Report on vaccination in Madras 1877-1894 - 1877-1894
Year: 1877
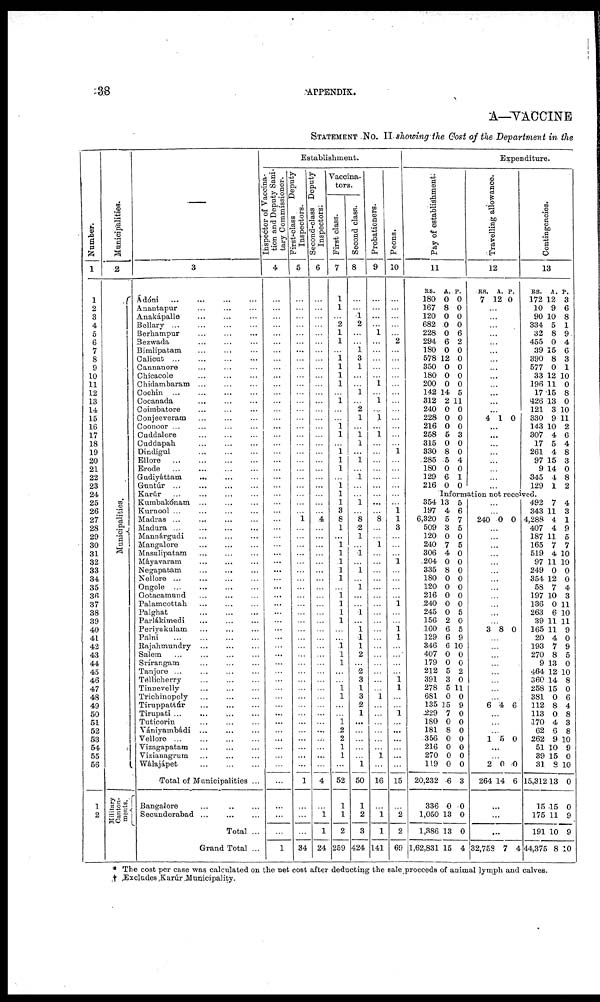
38
APPENDIX.
A—VACCINE
STATEMENT NO. II showing the Cost of the Department in the
Number.
1
1
2
3
4
5
6
7
8
9
10
11
12
13
14
15
16
17
18
19
20
21
22
23
24
25
26
27
28
29
30
31
32
33
34
35
36
37
38
39
40
41
42
43
44
45
46
47
48
49
50
51
52
53
54
55
56
1
2
Municipalities.
2
Municipalities.
Military
Canton-
ments.
—
3
Ádóni
...
... ... ...
Anantapur
...
...
...
Anakápalle ... ... ...
Belary
...
...
...
Berhampur ... ... ...
Bezwada ... ... ...
Bimlipatam ... ... ...
Calicut ... ... ... ...
Cannanore ... ... ...
Chicacole
...
...
...
Chidambaram
...
...
...
Cochin
...
...
...
...
Cocanada ... ... ...
Coinibatore ... ... ...
Conjeeveram
...
...
...
Coonoor ... ... ...
Cuddalore ... ... ...
Cuddapah
...
...
...
Dindigul ... ... ...
Ellore
...
...
...
Erode ... ... ... ...
Gudiyáttam
... ... ...
Guntúr ...
...
...
...
Karúr
...
...
...
...
Kumbakónam ... ... ...
Kurnool ... ... ... ...
Madras ...
... ... ...
Madura ... ... ... ...
Mannárgudi ... ... ...
Mangalore ... ... ...
Masulipatam
...
...
...
Máyavaram ... ... ...
Negapatam
...
...
...
Nellore ... ... ... ...
Ongole
...
...
...
...
Ootacamund
...
...
...
Palamcottah ... ... ...
Palghat ... ... ...
Parlákimedi
...
...
...
Periyakulam ... ... ...
Palni
...
...
...
...
Rajahmundry ... ... ...
Salem
Srírangam ... ... ...
Tanjore ... ... ... ...
Tellicherry
...
...
...
Tinnevelly ... ... ...
Trichinopoly ... ... ...
Tiruppattúr
...
...
...
Tirupati ...
... ... ...
Tuticorin ... ... ...
Vániyambádi ... ... ...
Vellore ... ... ... ...
Vizagapatam ... ... ... ...
Vizianagrum ... ... ...
Wálajápet
...
...
...
Total of Municipalities ...
Bangalore
...
Secunderabad
...
...
...
Total ...
Grand Total ...
Establishment.
Inspector of vaccina-
tion and Deputy Sani-
tary Commissioner.
4
...
...
...
...
...
...
...
...
...
...
...
...
...
...
...
...
...
...
...
...
...
...
...
...
...
...
...
...
...
...
...
...
...
...
...
...
...
...
...
...
...
...
...
...
...
...
...
...
...
...
...
...
...
...
...
...
...
...
...
...
1
First-class
Deputy
Inspectors.
5
...
...
...
...
...
...
...
...
...
...
...
...
...
...
...
...
...
...
...
...
...
...
...
...
...
...
1
...
...
...
...
...
...
...
...
...
...
...
...
...
...
...
...
...
...
...
...
...
...
...
...
...
...
...
...
...
1
...
...
...
34
Second-class Deputy
Inspectors.
6
...
...
...
...
...
...
...
...
...
...
...
...
...
...
...
...
...
...
...
...
...
...
...
...
...
...
4
...
...
...
...
...
...
...
...
...
...
...
...
...
...
...
...
...
...
...
...
...
...
...
...
...
...
...
...
...
4
...
1
1
24
Vaccina-
tors.
First class.
7
1
1
...
2
1
1
...
1 1
1
1
...
1
...
...
1
1
...
1
1
1
...
1
1
1
3
8
1
...
1
1
1
1
1
...
1 1
1
1
...
...
1 1
1
...
...
1 1
...
...
1 2
2
1
1
...
52
1
1
2
259
Second class.
8
...
...
1 2
...
...
1
3
1
...
...
1
...
2
1
...
1 1
...
1
...
1
...
...
1
...
8
2
1
...
1
...
1
...
1
...
...
1
...
1
1
1
2
...
2
3
1
3
2
1
...
...
...
...
...
1
50
1
2
3
424
Probationers.
9
...
...
...
...
1
...
...
...
...
...
1
...
1
...
1
...
1
...
...
...
...
...
...
...
...
...
8
...
...
1
...
...
...
...
...
...
...
...
...
...
...
...
...
...
...
...
...
1
...
...
...
...
...
...
1
...
16
...
1
1
141
Peons.
10
...
...
...
...
...
2
...
...
...
...
...
...
...
...
...
...
...
...
1
...
...
...
...
...
...
1
1
3
...
...
...
1
...
...
...
...
1
...
...
1
1
...
...
...
...
1 1
...
...
1
...
...
...
...
...
...
15
...
2
2
69
Expenditure.
Pay of establishment:
11
RS.
180
167
120
682
228
294
180
578
350
180
200
142
312
240
228
216
258
315
330
285
180
129
216
A.
0
8
0
0
0
6
0
12
0
0
0
14
2
0
0
0
5
0
8
5
0
6
0
P.
0
0
0
0
6
2
0
0
0
0
0
5
11
0
0
0
3
0
0
4
0
1
0
Travelling allowance.
12
RS.
7
A.
12
P.
0
...
...
...
...
...
...
...
...
...
...
...
...
...
4 1 0
...
...
...
...
...
...
...
...
Contingencies.
13
RS.
172
10
90
334
32
455
39
390
577
33
196
17
426
121
330
143
307
17
261
97
9
345
129
A.
12
9
10
5
8
0
15
8
0
12
11
15
13
3
9
10
4
5
4
15
14
4
1
P.
3
6
8
1
9
4
6
3
1
10
0
8
0
10
11
2
6
4
8
3
0
8
2
Information not received.
354
197
6,320
509
120
240
306
204
335
180
120
216
240
245
156
160
129
346
407
179
212
391
278
681
135
229
180
181
356
216
270
119
20,232
336
1,050
1,386
1,62,831
13
4
5
3
0
7
4
0
8
0
0
0
0
0
2
6
6
6
0
0
5
3
5
0
15
7
0
8
0
0
0
0
6
0
13
13
15
5
6
7
5
0
5
0
0
0
0
0
0
0
5
0
5
9
10
0
0
2
0
11
0
9
0
0
0
0
0
0
0
3
0
0
0
4
...
...
240 0 0
...
...
...
...
...
...
...
...
...
...
...
...
3 8 0
...
...
...
...
...
...
...
...
6 4 6
...
...
...
1 5 0
...
...
2
264
0
14
0
6
...
...
...
32,758 7 4
492
343
4,288
407
187
165
519
97
249
354
58
197
136
263
39
165
20
193
270
9
464
360
258
381
112
113
170
62
262
51
39
31
15,312
15
175
191
44,373
7
11
4
4
11
7
4
11
0
12
7
10
0
6
11
11
4
7
8
13
12
14
15
0
8
0
4
6
9
10
15
8
13
15
11
10
8
4
3
1
9
5
7
10
10
0
0
4
3
11
10
11
9
0
9
5
0
10
8
0
6
4
8
3
8
10
9
0
10
0
0
9
9
10
* The cost per case was calculated on the net cost after deducting the sale proceeds of animal lymph and calves.
† Excludes Karúur Municipality.